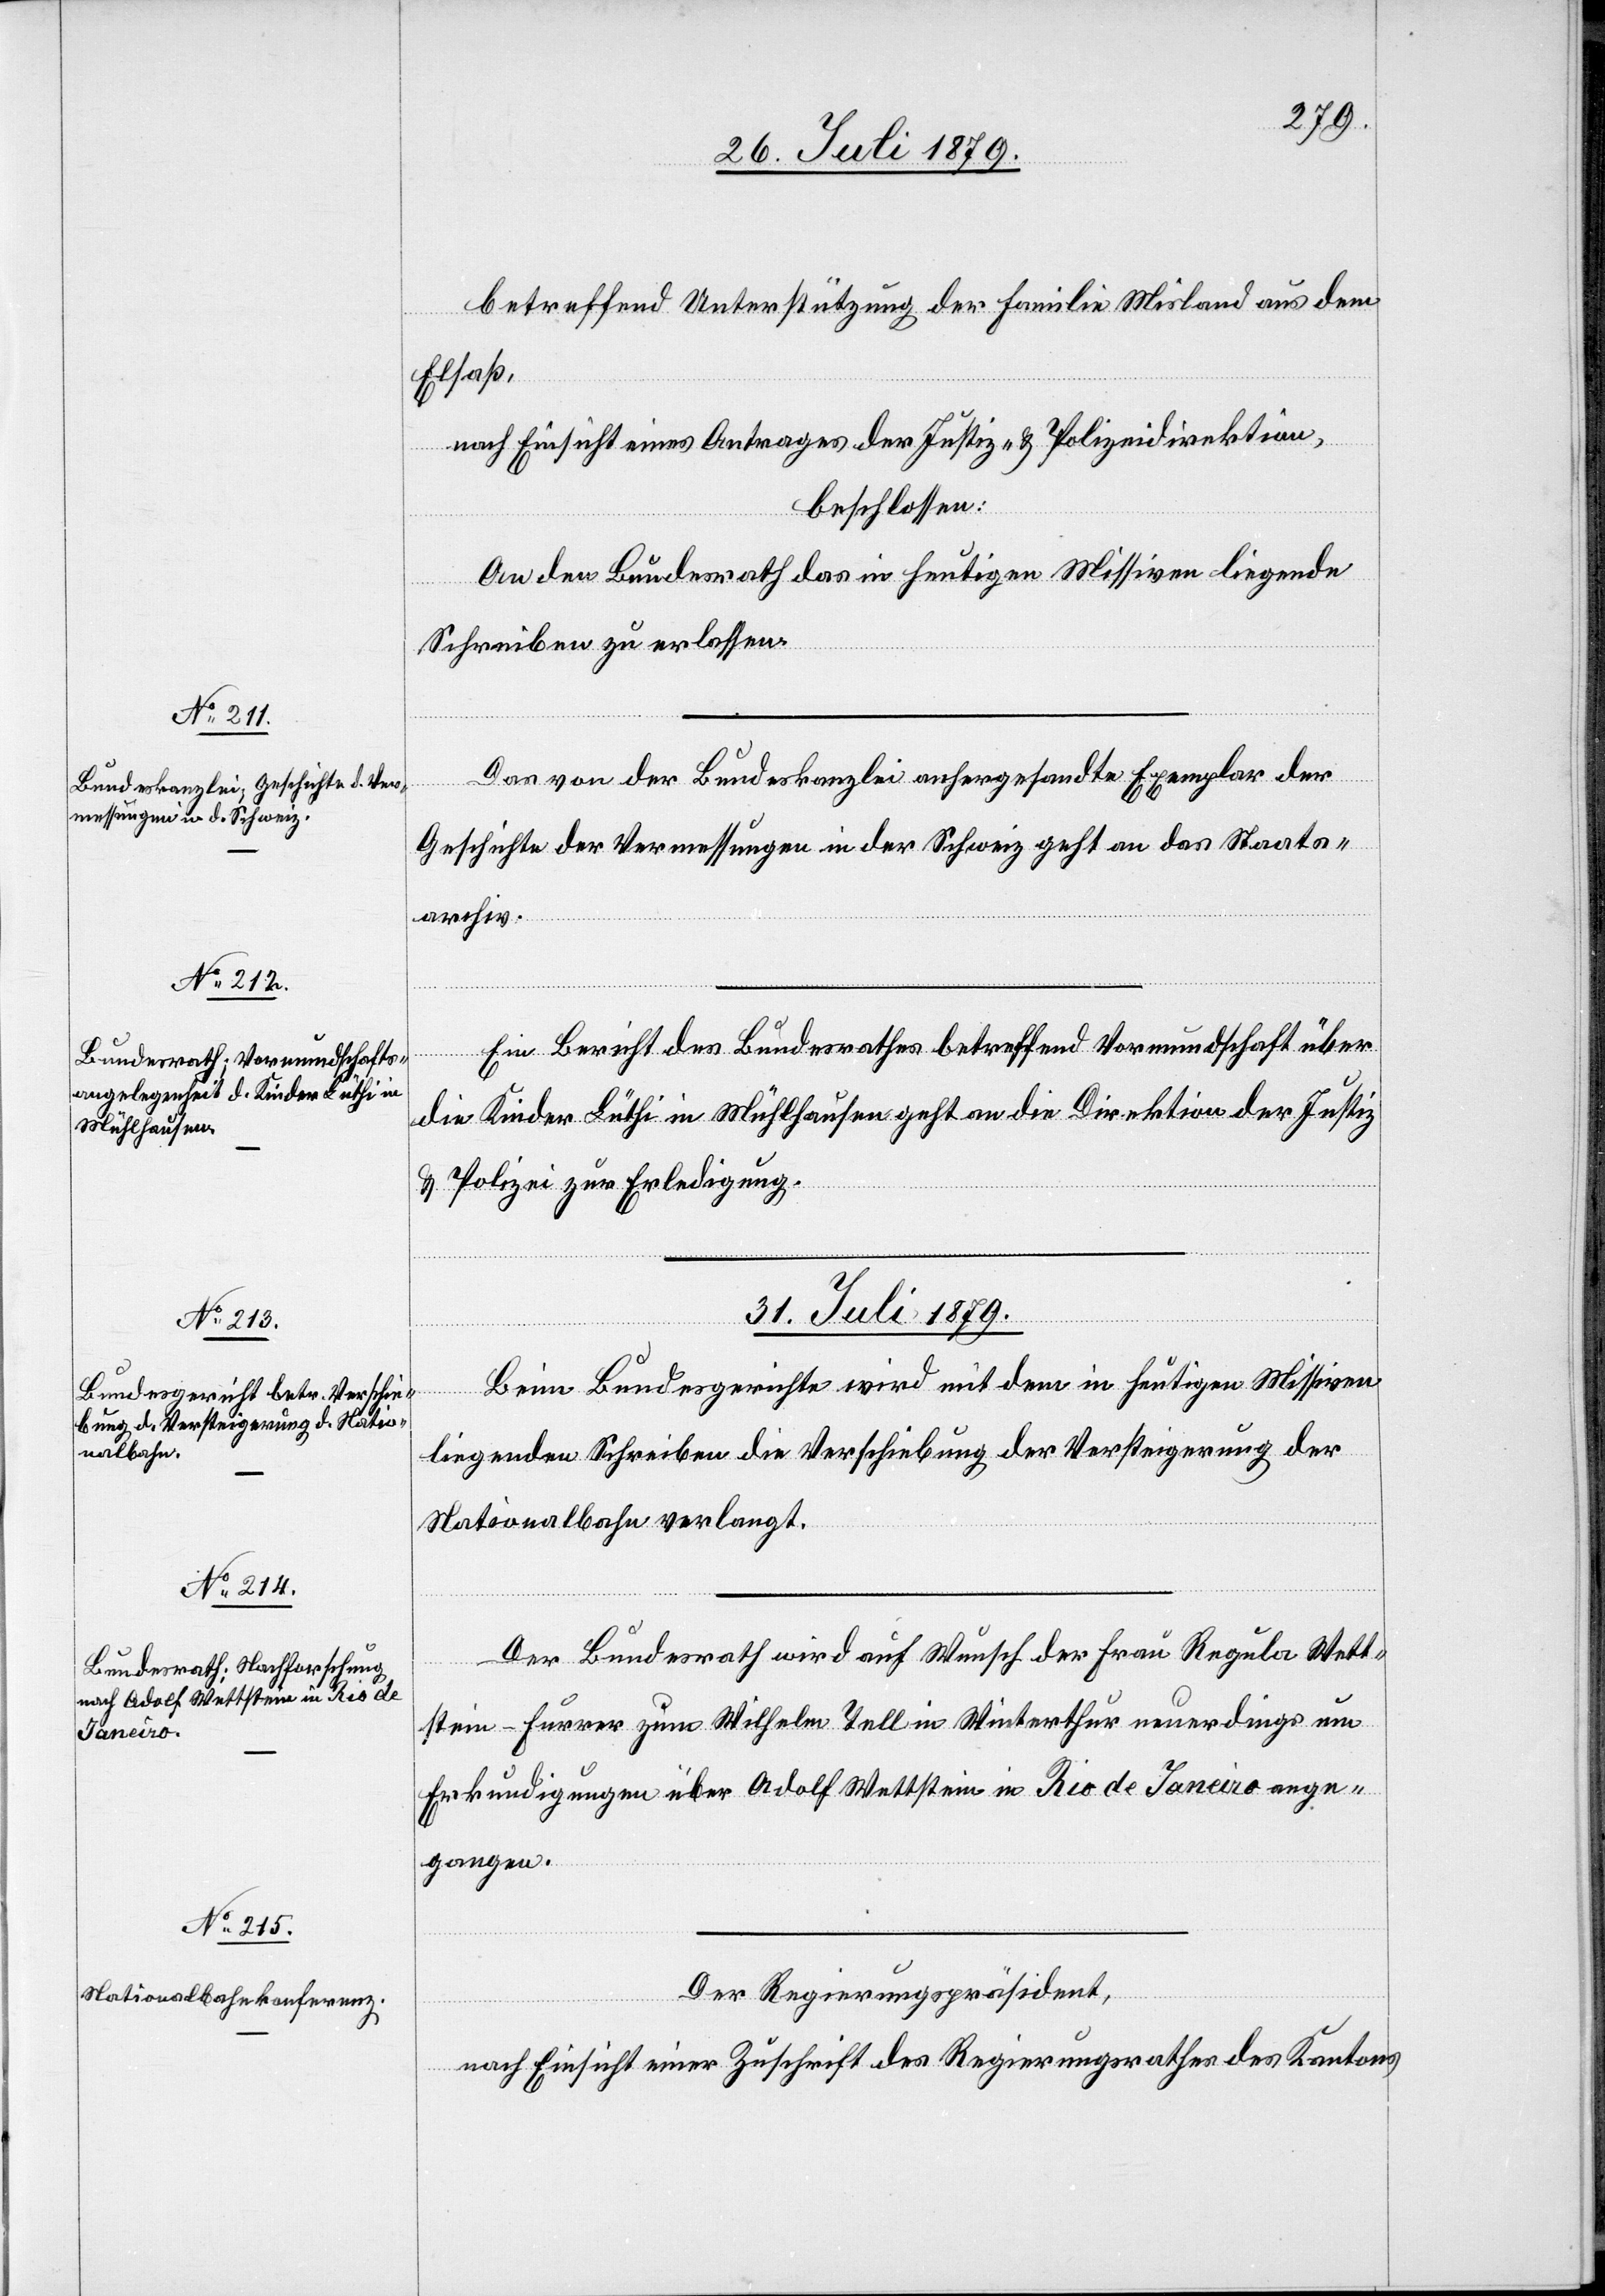
betreffend Unterstützung der Familie Wisland aus dem
Elsaß,
nach Einsicht eines Antrages der Justiz- & Polizeidirektion,
beschlossen:
An den Bundesrath das in heutigen Missiven liegende
Schreiben zu erlassen.
Das von der Bundeskanzlei anhergesandte Exemplar der
Geschichte der Vermessungen in der Schweiz geht an das Staats¬
archiv.
Ein Bericht des Bundesrathes betreffend Vormundschaft über
die Kinder Lüthi in Mühlhausen geht an die Direktion der Justiz
& Polizei zur Erledigung.
31. Juli 1879.]
Beim Bundesgerichte wird mit dem in heutigen Missiven
liegenden Schreiben die Verschiebung der Versteigerung der
Nationalbahn verlangt.
Der Bundesrath wird auf Wunsch der Frau Regula Wett¬
stein-Furrer zum Wilhelm Tell in Winterthur neuerdings um
Erkundigungen über Adolf Wettstein in Rio de Janeiro ange¬
gangen.
Der Regierungspräsident,
nach Einsicht einer Zuschrift des Regierungsrathes des Kantons